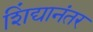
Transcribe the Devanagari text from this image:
शिंद्यानंतर